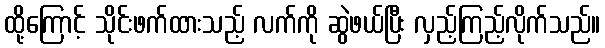
ထို့ကြောင့် သိုင်းဖက်ထားသည့် လက်ကို ဆွဲဖယ်ပြီး လှည့်ကြည့်လိုက်သည်။